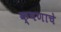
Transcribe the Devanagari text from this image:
क्षणाचे